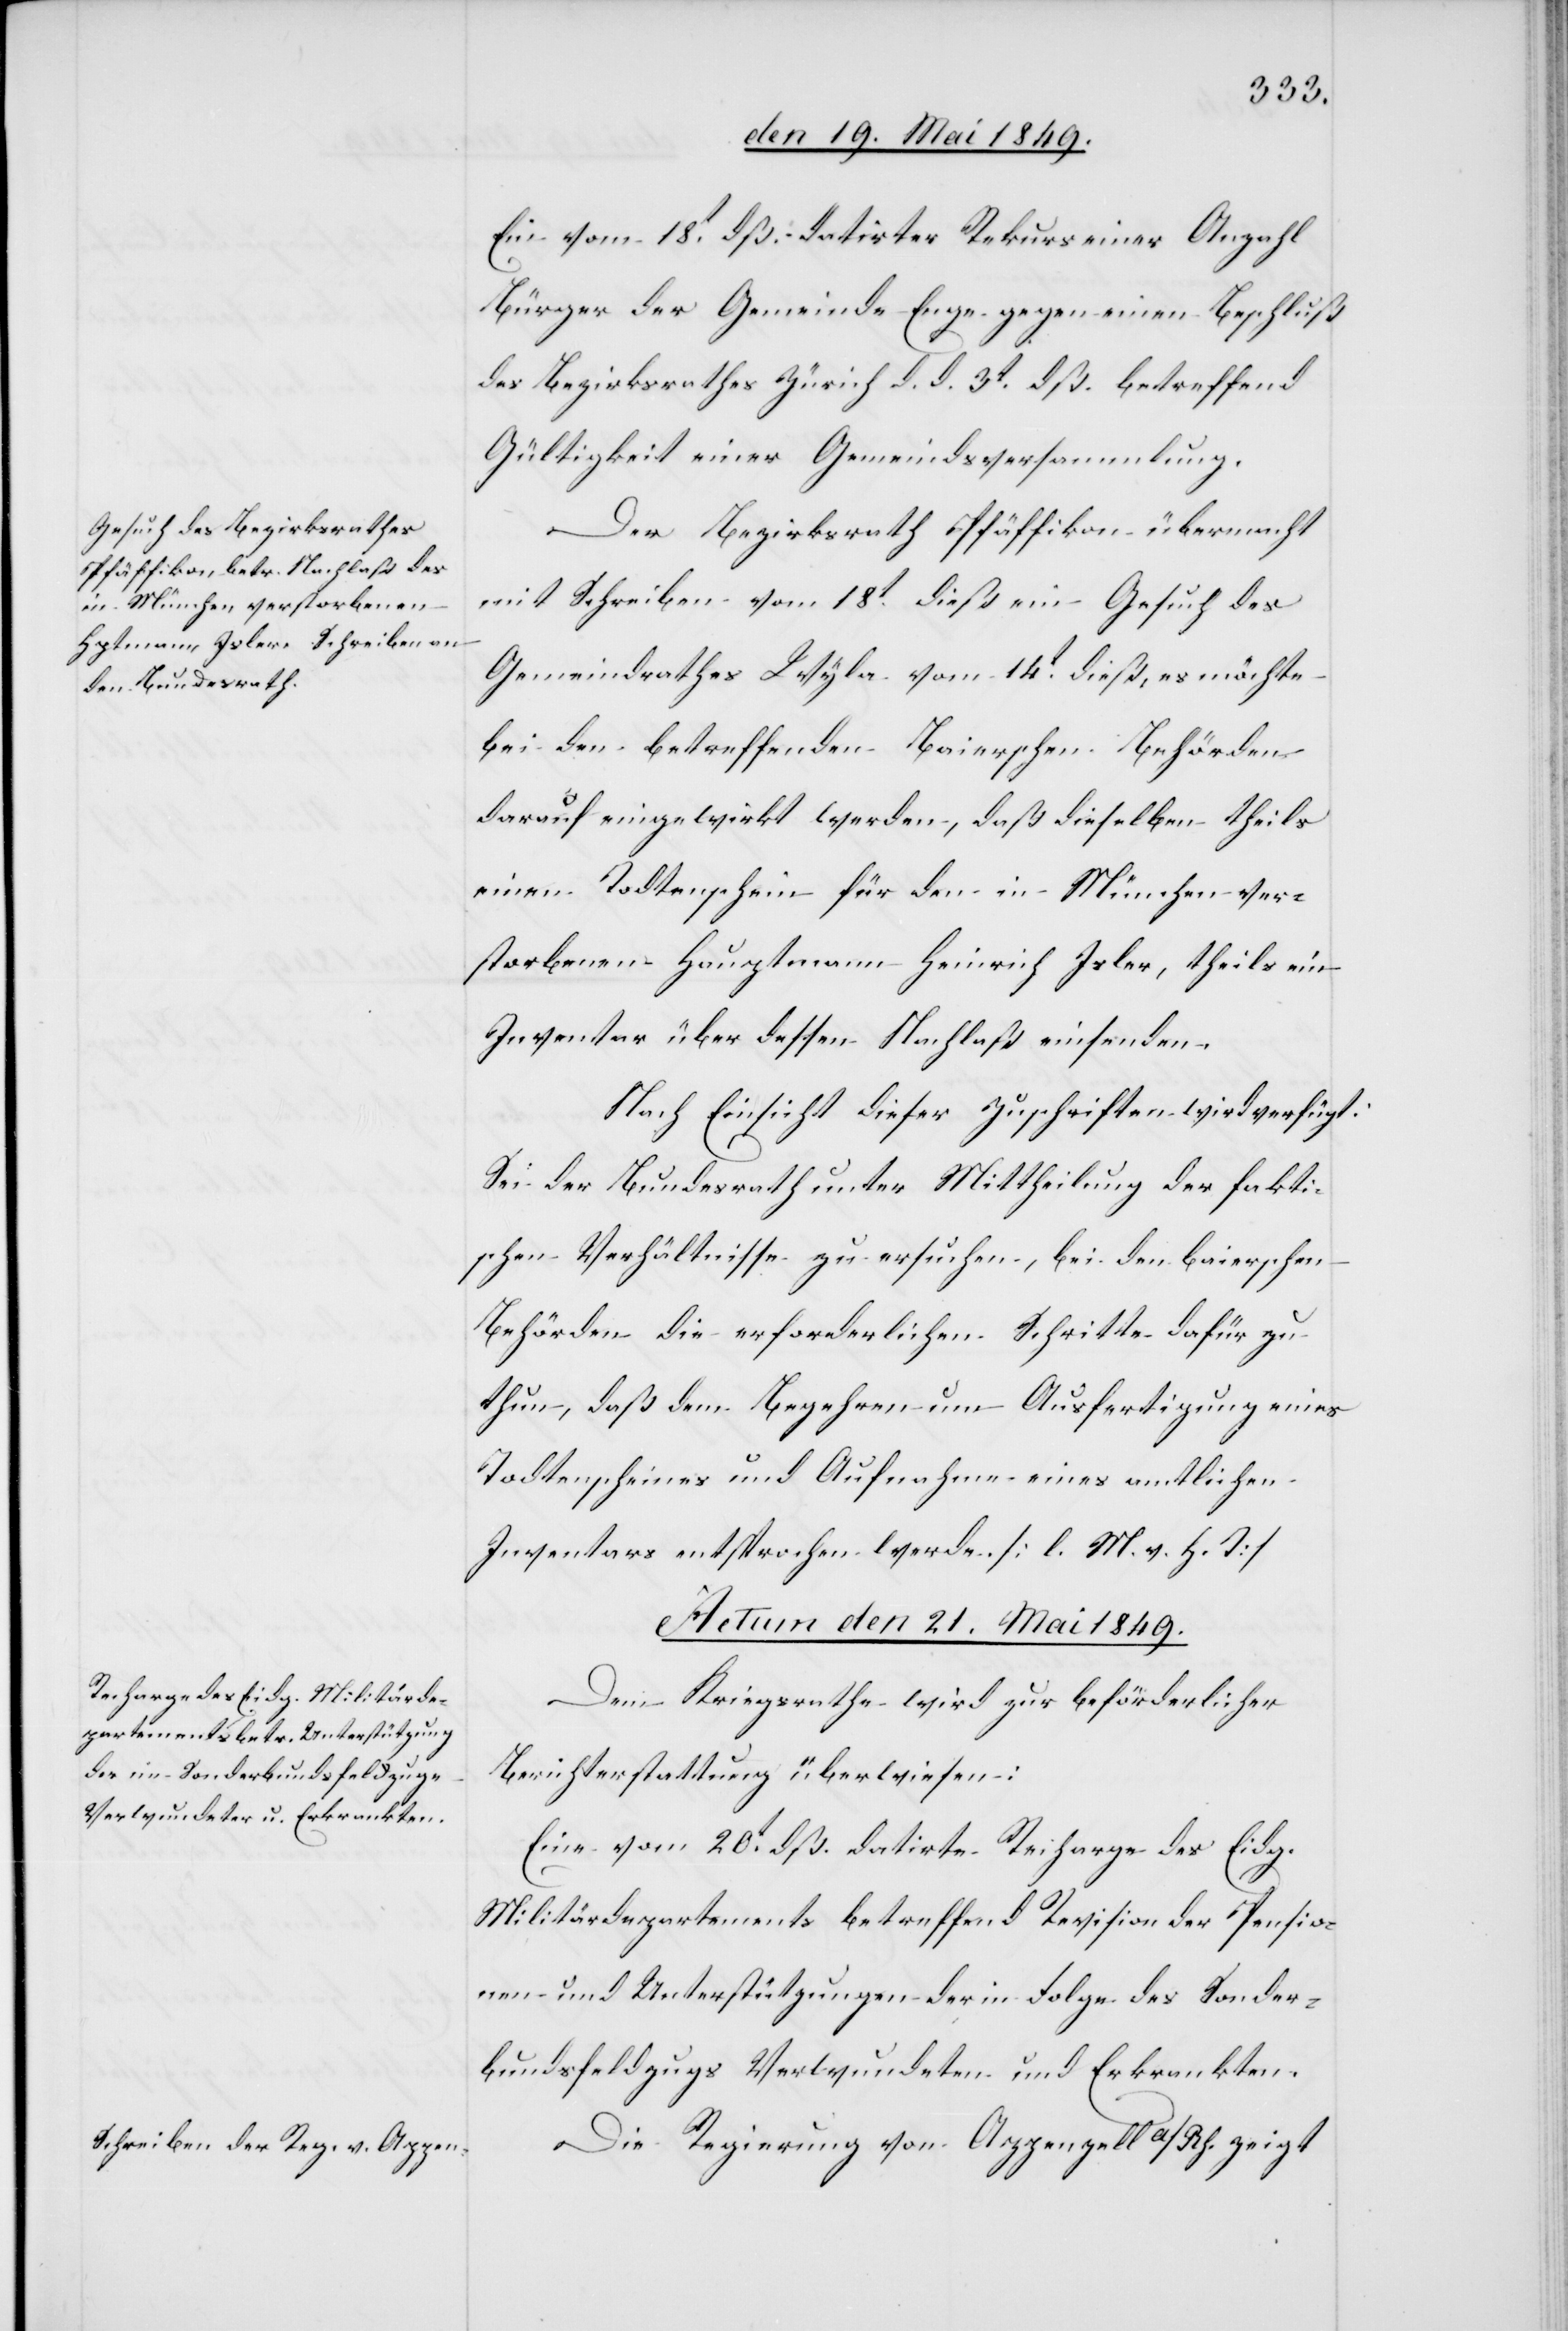
Ein vom 18t dß. datirter Rekurs einer Anzahl
Bürger der Gemeinde Enge gegen einen Beschluß
des Bezirksrathes Zürich d. d. 3t dß. betreffend
Gültigkeit einer Gemeindsversammlung.
Der Bezirksrath Pfäffikon übermacht
mit Schreiben vom 18t dieß ein Gesuch des
Gemeindrathes Wyla vom 14t dieß, es möchte
bei den betreffenden Baierschen Behörden
darauf eingewirkt werden, daß dieselben theils
einen Todtenschein für den in München ver¬
storbenen Hauptmann Heinrich Isler, theils ein
Inventar über dessen Nachlaß einsenden.
Nach Einsicht dieser Zuschriften wird verfügt:
Sei der Bundesrath unter Mittheilung der fakti¬
schen Verhältnisse zu ersuchen, bei den baierschen
Behörden die erforderlichen Schritte dafür zu
thun, daß dem Begehren um Ausfertigung eines
Todtenscheins und Aufnahme eines amtlichen
Inventars entsprochen werde [l. M. h. T][.]
Actum den 21. Mai 1849.]
Dem Kriegsrathe wird zur beförderlicher
Berichterstattung überwiesen:
Eine vom 20t dß. datirte Recharge des Eidg.
Militärdepartements betreffend Revision der Pensio¬
nen und Unterstützungen der in Folge des Sonder¬
bundsfeldzugs Verwundeten und Erkrankten.
Die Regierung von Appenzell a/Rh. zeigt